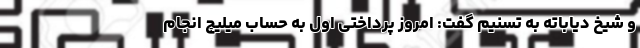
و شیخ دیاباته به تسنیم گفت: امروز پرداختی اول به حساب میلیچ انجام